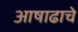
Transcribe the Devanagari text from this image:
आषाढाचे